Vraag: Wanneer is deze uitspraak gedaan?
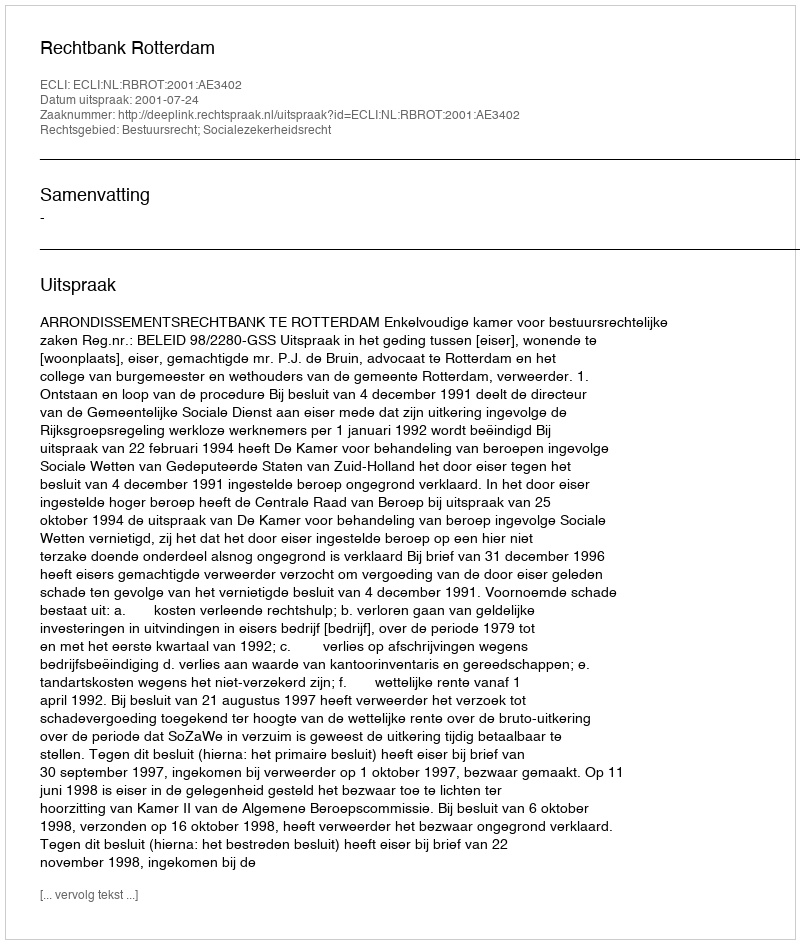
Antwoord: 2001-07-24